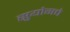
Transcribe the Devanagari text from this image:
सुयोगचे